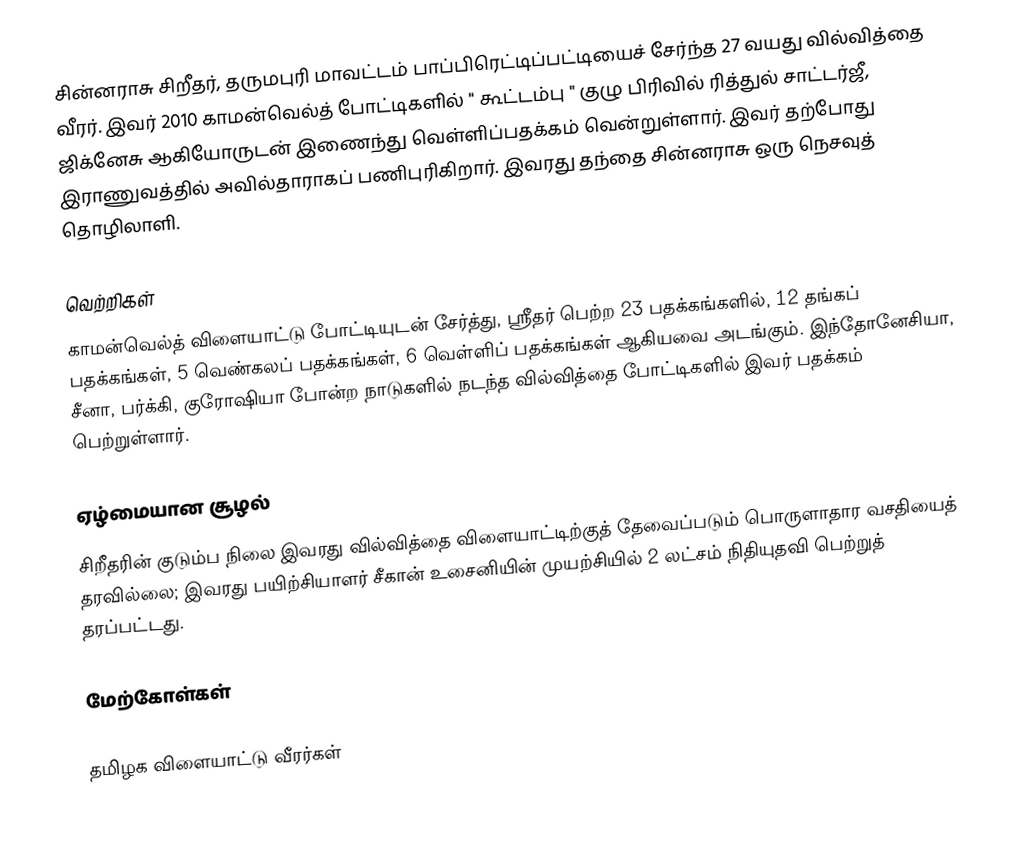
சின்னராசு சிறீதர், தருமபுரி மாவட்டம் பாப்பிரெட்டிப்பட்டியைச் சேர்ந்த 27 வயது வில்வித்தை வீரர். இவர் 2010 காமன்வெல்த் போட்டிகளில் " கூட்டம்பு " குழு பிரிவில் ரித்துல் சாட்டர்ஜீ, ஜிக்னேசு ஆகியோருடன் இணைந்து வெள்ளிப்பதக்கம் வென்றுள்ளார். இவர் தற்போது இராணுவத்தில் அவில்தாராகப் பணிபுரிகிறார். இவரது தந்தை சின்னராசு ஒரு நெசவுத் தொழிலாளி.

வெற்றிகள்
காமன்வெல்த் விளையாட்டு போட்டியுடன் சேர்த்து, ஸ்ரீதர் பெற்ற 23 பதக்கங்களில், 12 தங்கப் பதக்கங்கள், 5 வெண்கலப் பதக்கங்கள், 6 வெள்ளிப் பதக்கங்கள் ஆகியவை அடங்கும். இந்தோனேசியா, சீனா, பர்க்கி, குரோஷியா போன்ற நாடுகளில் நடந்த வில்வித்தை போட்டிகளில் இவர் பதக்கம் பெற்றுள்ளார்.

ஏழ்மையான சூழல்
சிறீதரின் குடும்ப நிலை இவரது வில்வித்தை விளையாட்டிற்குத் தேவைப்படும் பொருளாதார வசதியைத் தரவில்லை; இவரது பயிற்சியாளர் சீகான் உசைனியின் முயற்சியில்  2 லட்சம் நிதியுதவி பெற்றுத் தரப்பட்டது.

மேற்கோள்கள்

தமிழக விளையாட்டு வீரர்கள்